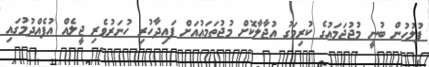
ފުލުހުން ބުނީ މުޖުޖަމައުގެ ކުރިމަގު އުޖާލާކޮށް މުޖުތަމައުއަށް ފައިދާހުރި ހުނަރުވެރި ޖީލެއް އުފެއްދުމުގައި